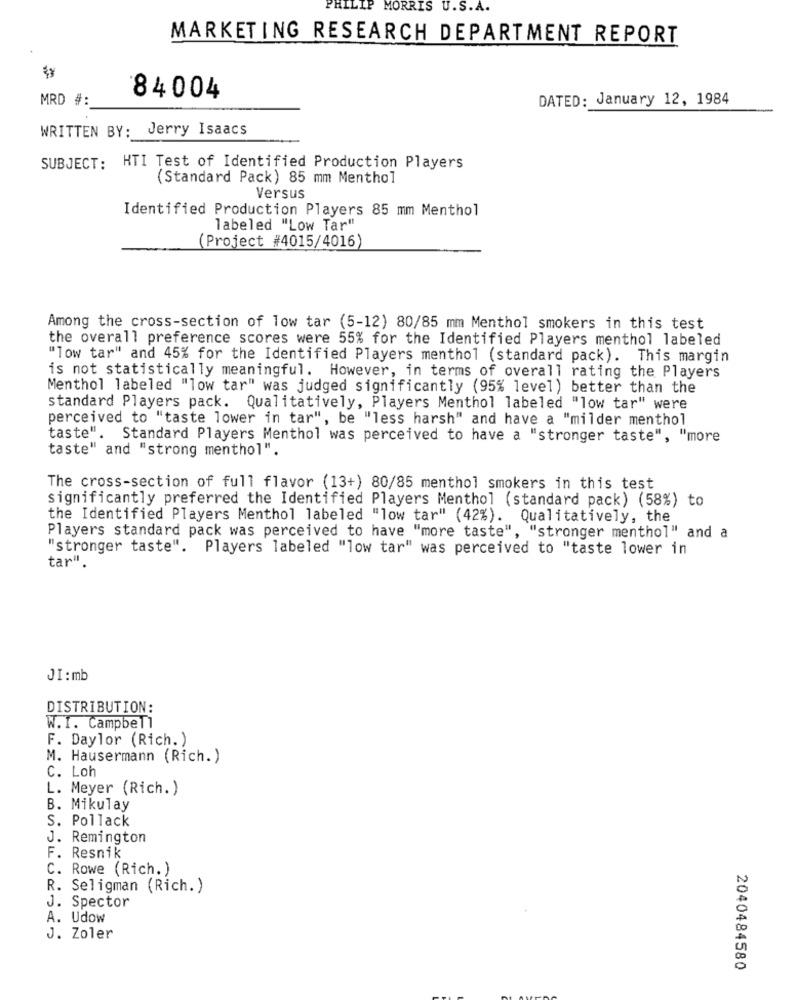
PHILIP MORRIS U.S.A.
MARKETING RESEARCH DEPARTMENT REPORT
MRD #:
84004
DATED: January 12, 1984
WRITTEN BY: Jerry Isaacs
SUBJECT: HTI Test of Identified Production Players
(Standard Pack) 85 mm Menthol
Versus
Identified Production Players 85 mm Menthol
labeled "Low Tar"
(Project #4015/4016)
Among the cross-section of low tar (5-12) 80/85 mm Menthol smokers in this test
the overall preference scores were 55% for the Identified Players menthol labeled
"low tar" and 45% for the Identified Players menthol (standard pack). This margin
is not statistically meaningful. However, in terms of overall rating the Players
Menthol labeled "low tar" was judged significantly (95% level) better than the
standard Players pack. Qualitatively, Players Menthol labeled "low tar" were
perceived to "taste lower in tar", be "less harsh" and have a "milder menthol
taste". Standard Players Menthol was perceived to have a "stronger taste", "more
taste" and "strong menthol".
The cross-section of full flavor (13+) 80/85 menthol smokers in this test
significantly preferred the Identified Players Menthol (standard pack) (58%) to
the Identified Players Menthol labeled "low tar" (42%). Qualitatively, the
Players standard pack was perceived to have "more taste", "stronger menthol" and a
"stronger taste". Players labeled "low tar" was perceived to "taste lower in
tar".
JI : mb
DISTRIBUTION:
W.I. Campbell
F. Daylor (Rich. )
M. Hausermann (Rich.)
C. Loh
L. Meyer (Rich. )
B. Mikulay
S. Pollack
J. Remington
F. Resnik
C. Rowe (Rich. )
R. Seligman (Rich. )
J. Spector
A. Udow
J. Zoler
2040484580